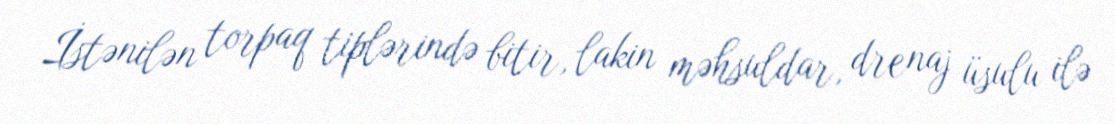
İstənilən torpaq tiplərində bitir, lakin məhsuldar, drenaj üsulu ilə